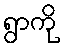
ရွာကို